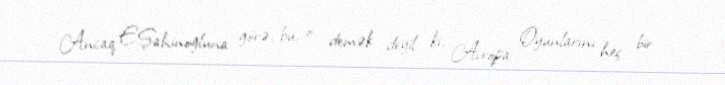
Ancaq E.Şahinoğluna görə, bu, o demək deyil ki, Avropa Oyunlarını heç bir